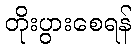
တိုးပွားစေရန်